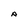
Character: A